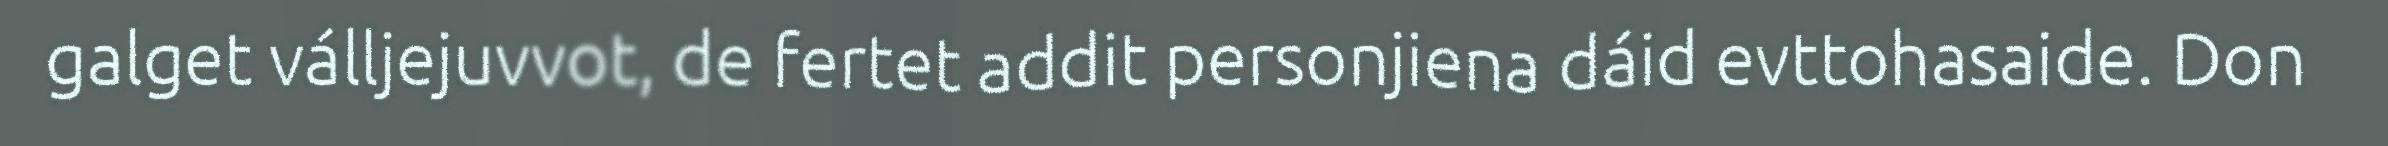
galget válljejuvvot, de fertet addit personjiena dáid evttohasaide. Don